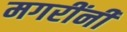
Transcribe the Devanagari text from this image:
मगरींनी